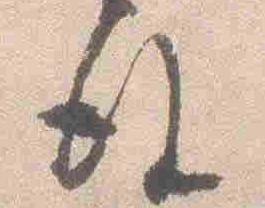
後